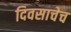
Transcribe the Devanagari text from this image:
दिवसाचेच